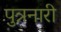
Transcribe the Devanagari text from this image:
पुत्रनारी